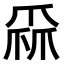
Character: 𤔙